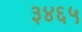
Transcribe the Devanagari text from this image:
३४६५